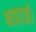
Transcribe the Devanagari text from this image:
बडाई।